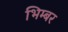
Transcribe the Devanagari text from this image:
भिम्बर